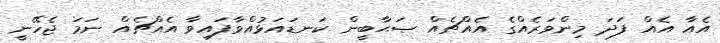
އެއާ އެއް ފަދަ މިންވަރެއްގެ އެއްޗެއް ޞަޙާބީން ކަނޑައަޅުއްވާފައިވާ އެއްޗެއް ނަމަ ޖެހޭނީ